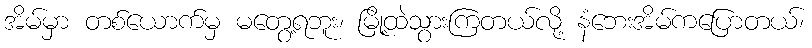
အိမ်မှာ တစ်ယောက်မှ မတွေ့ရဘူး၊ မြို့ထဲသွားကြတယ်လို့ နံဘေးအိမ်ကပြောတယ်၊